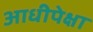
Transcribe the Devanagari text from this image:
आधीपेक्षा